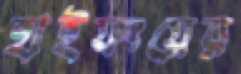
হাইফংয়ের